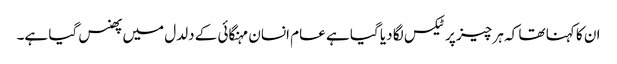
ان کا کہنا تھا کہ ہر چیز پر ٹیکس لگا دیا گیا ہے عام انسان مہنگائی کے دلدل میں پھنس گیا ہے۔